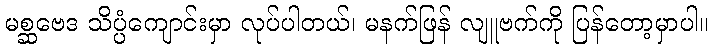
မစ္ဆဗေဒ သိပ္ပံကျောင်းမှာ လုပ်ပါတယ်၊ မနက်ဖြန် လျူဗက်ကို ပြန်တော့မှာပါ။